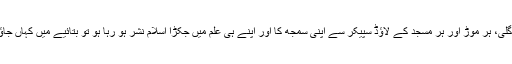
ہر گلی، ہر موڑ اور ہر مسجد کے لاؤڈ سپیکر سے اپنی سمجھ کا اور اپنے ہی علم میں جکڑا اسلام نشر ہو رہا ہو تو بتائیے میں کہاں جاؤں؟